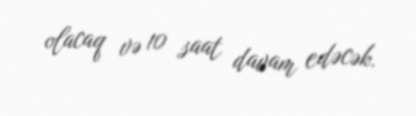
olacaq və 10 saat davam edəcək.